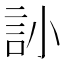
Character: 䚱